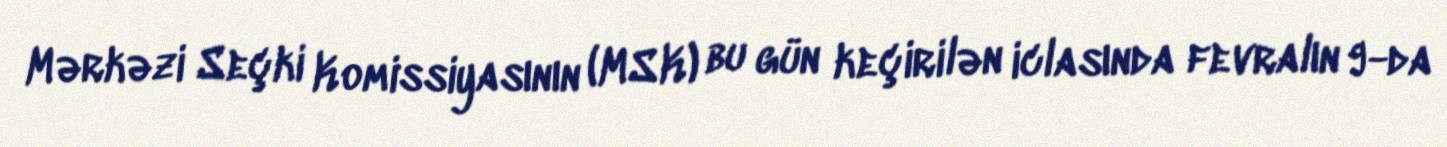
Mərkəzi Seçki Komissiyasının (MSK) bu gün keçirilən iclasında fevralın 9-da